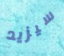
سيزيد